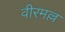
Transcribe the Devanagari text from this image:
वीरमल्ल